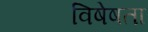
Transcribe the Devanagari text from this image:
विषेषता